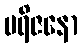
ပရိဇနော